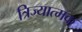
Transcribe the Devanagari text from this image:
त्रिज्यात्मक